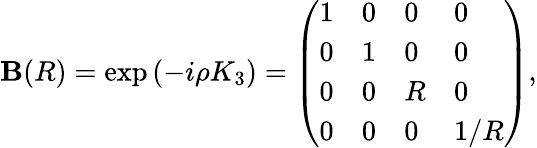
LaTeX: \mathbf{B}(R)=\exp\left(\begin{array}{l}{{-i\rho K_{3}}}\end{array}\right)=\left(\begin{array}{llll}{{1}}&{{0}}&{{0}}&{{0}}\\ {{0}}&{{1}}&{{0}}&{{0}}\\ {{0}}&{{0}}&{{R}}&{{0}}\\ {{0}}&{{0}}&{{0}}&{{1/R}}\end{array}\right),